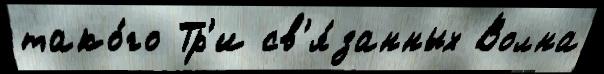
тако́го Тр'и св'я́занных Волна